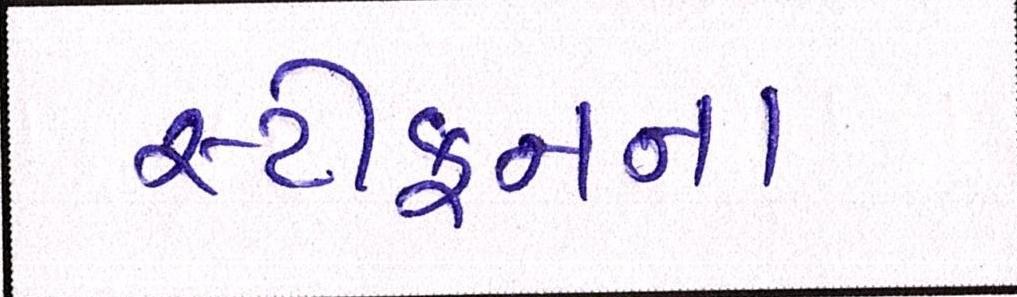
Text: સ્ટીફનના